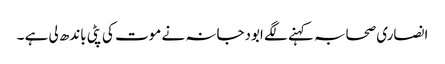
انصاری صحابہ کہنے لگے ابودجانہ نے موت کی پٹی باندھ لی ہے ۔